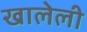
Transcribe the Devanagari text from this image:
खालेली